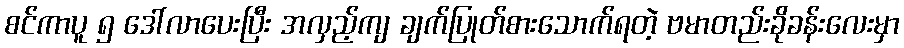
စင်ကာပူ ၅ ဒေါ်လာပေးပြီး အလှည့်ကျ ချက်ပြုတ်စားသောက်ရတဲ့ ဗမာတည်းခိုခန်းလေးမှာ